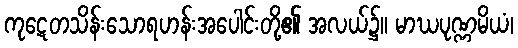
ကုဋေတသိန်းသောရဟန်းအပေါင်းတို့၏ အလယ်၌။ မာဃပုဏ္ဏမိယံ၊